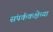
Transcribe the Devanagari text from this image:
संपर्ककक्षेच्या